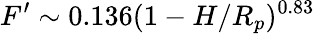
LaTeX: F^{\prime}\sim 0.136(1-H/R_{p})^{0.83}